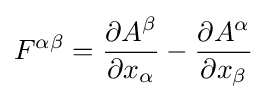
F^{\alpha \beta }={\frac {\partial A^{\beta }}{\partial x_{\alpha }}}-{\frac {\partial A^{\alpha }}{\partial x_{\beta }}}